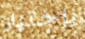
بإختيار